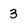
Character: 3